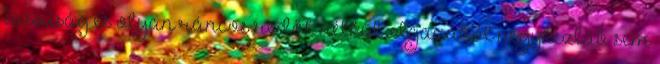
lassúság és olyan ráncos redők nélkül. Igazából négykézláb sem